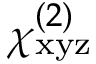
\chi _ { \mathrm { x y z } } ^ { ( 2 ) }